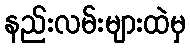
နည်းလမ်းများထဲမှ